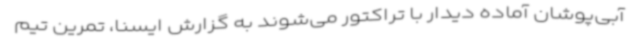
آبی‌پوشان آماده دیدار با تراکتور می‌شوند به گزارش ایسنا، تمرین تیم